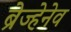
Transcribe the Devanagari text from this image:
ब्रेज्हेनेव